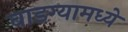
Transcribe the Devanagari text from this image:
वाडग्यामध्ये